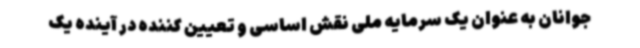
جوانان به عنوان یک سرمایه ملی نقش اساسی و تعیین کننده در آینده یک